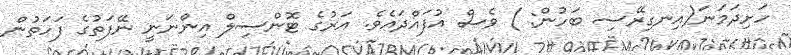
ހަށިދަމަނަ(އިނގިރޭސި ބަހުން: ) ވެސް އުފައްދައެވެ. އަރުގެ ޓޮންސިލް އިންނަނީ ނޭފަތުގެ ފަހަތުން